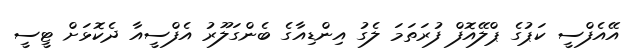
އޭއެފްސީ ކަޕުގެ ޕްލޭއޮފް ފުރަތަމަ ލެގު އިންޑިއާގެ ބެންގަލޫރު އެފްސީއާ ދެކޮޅަށް ޓީސީ